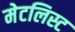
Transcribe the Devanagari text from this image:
मेटलिस्ट